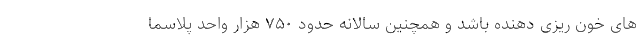
های خون ریزی دهنده باشد و همچنین سالانه حدود ۷۵۰ هزار واحد پلاسما